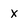
Character: X